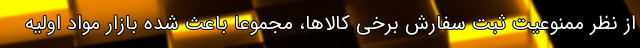
از نظر ممنوعیت ثبت سفارش برخی کالاها، مجموعا باعث شده بازار مواد اولیه